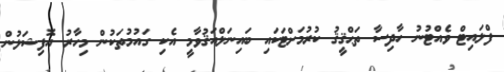
ފްލައިޓް ވެއްޓުނު ހާދިސާ ތަޙްޤީޤު ކުރުމަށްޓަކައި ބައިނަލްއަޤުވާމީ އެކި ގައުމުތަކުން މިހާރު އޮފިޝަލުން